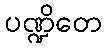
ပဏ္ဍိတေ